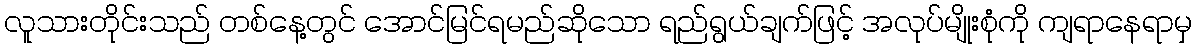
လူသားတိုင်းသည် တစ်နေ့တွင် အောင်မြင်ရမည်ဆိုသော ရည်ရွယ်ချက်ဖြင့် အလုပ်မျိုးစုံကို ကျရာနေရာမှ